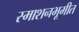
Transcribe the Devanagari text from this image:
स्माशनभूमीत